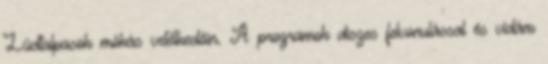
Lúdtalpasok mókás vetélkedőin. A programok díszes felvonulással és vidám